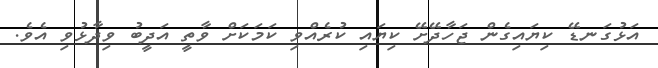
އަޅުގަނޑޭ ކިޔައިގެން ޖަހާދޭށޭ ކިޔައި ކުރެއްވި ކަމަކަށް ވާތީ އަދީބު ވިދާޅުވި އެވެ.